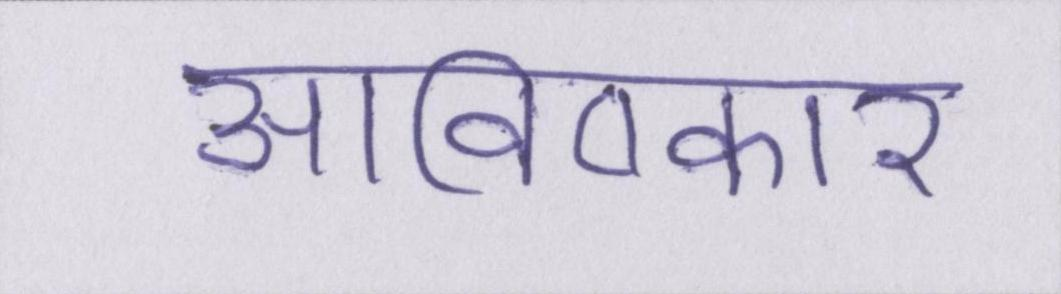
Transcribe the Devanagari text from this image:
आविष्कार